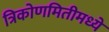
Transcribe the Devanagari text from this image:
त्रिकोणमितीमध्ये